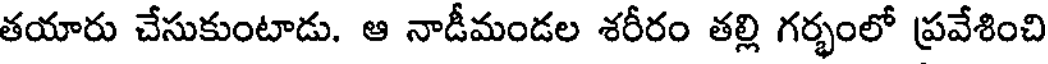
తయారు చేసుకుంటాడు. ఆ నాడీమండల శరీరం తల్లి గర్భంలో ప్రవేశించి